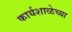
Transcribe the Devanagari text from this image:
कार्यशाळेच्या